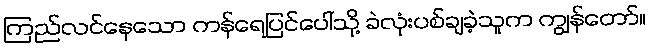
ကြည်လင်နေသော ကန်ရေပြင်ပေါ်သို့ ခဲလုံးပစ်ချခဲ့သူက ကျွန်တော်။